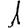
Digit: 1